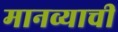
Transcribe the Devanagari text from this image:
मानव्याची